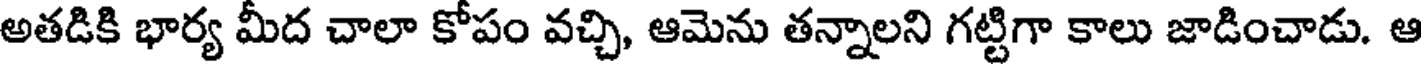
అతడికి భార్య మీద చాలా కోపం వచ్చి, ఆమెను తన్నాలని గట్టిగా కాలు జాడించాడు. ఆ